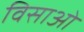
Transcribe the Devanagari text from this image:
विसाओ